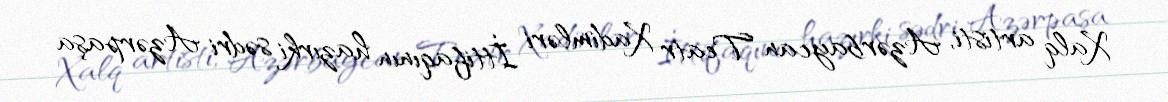
Xalq artisti, Azərbaycan Teatr Xadimləri İttifaqının hazırki sədri Azərpaşa